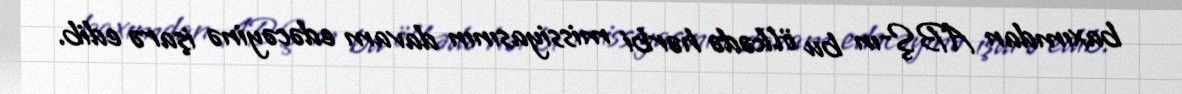
baxımdan ABŞ-ın bu ölkədə hərbi missiyasının davam edəcəyinə işarə edib.